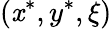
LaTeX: (\mathit{x}^{*},y^{*},\xi)